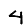
Digit: 4